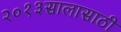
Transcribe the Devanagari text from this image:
२०१३सालासाठी